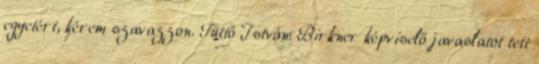
egyetért, kérem szavazzon. Tüttő István: Birkner képviselő javaslatot tett